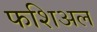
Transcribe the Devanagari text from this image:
फशिअल